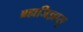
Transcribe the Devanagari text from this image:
ब्रह्मजिज्ञासु